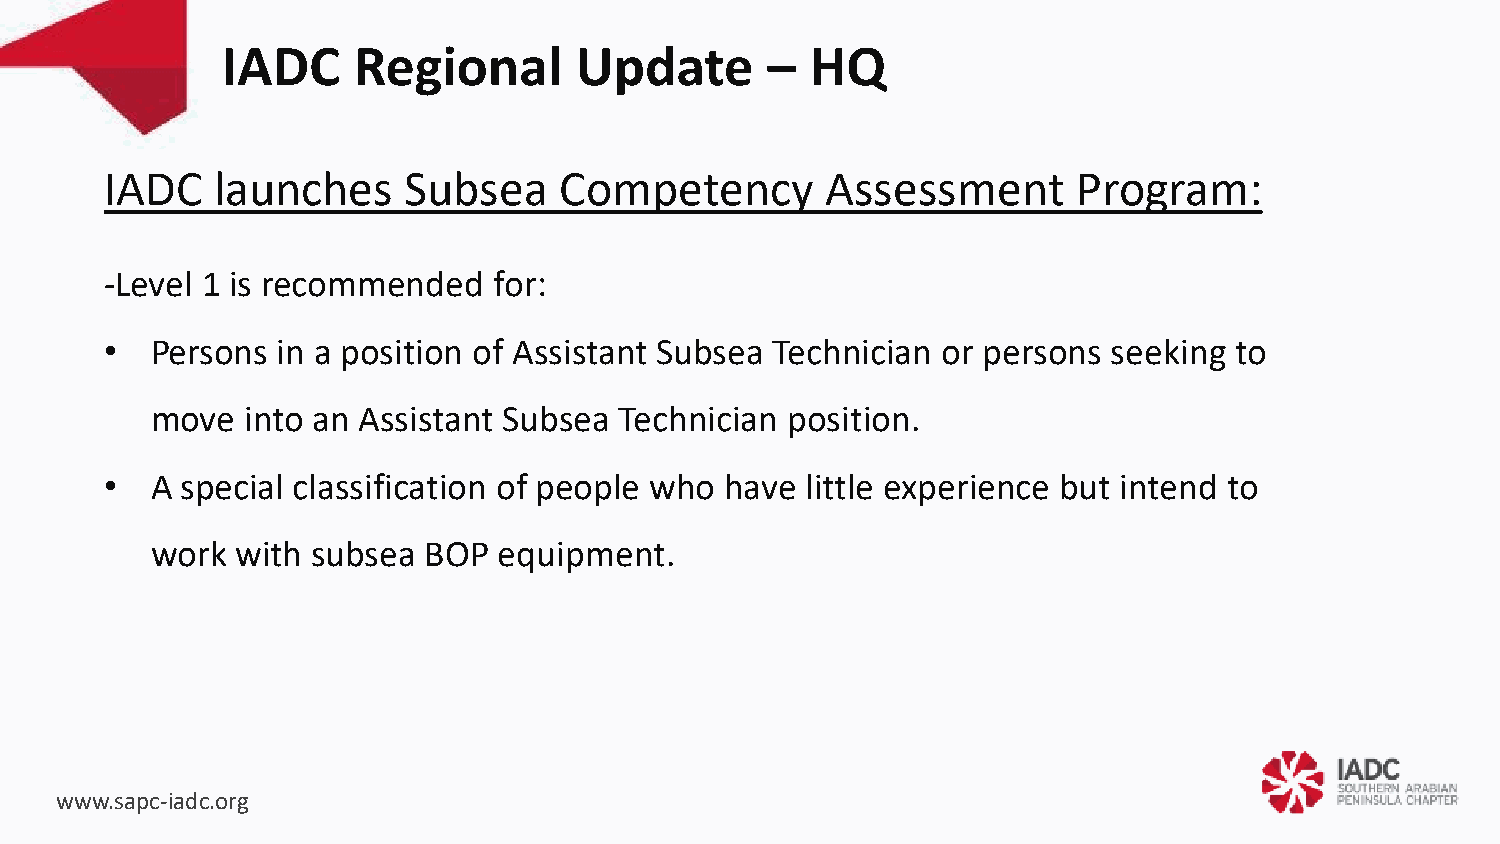
IADC    Regional       Update       –  HQ
 IADC   launches     Subsea    Competency        Assessment      Program:
 -Level 1 is recommended   for:
 •  Persons in a position of Assistant Subsea Technician or persons seeking to
 move  into an Assistant Subsea Technician position.
 •  A special classification of people who have little experience but intend to
 work  with subsea BOP  equipment.
 www.sapc-iadc.org